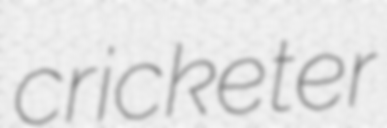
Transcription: cricketer